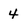
Character: 4